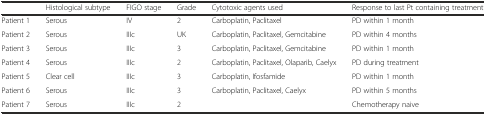
|  | Histological subtype | FIGO stage | Grade | Cytotoxic agents used | Response to last Pt containing treatment |
 | --- | --- | --- | --- | --- | --- |
 | Patient 1 | Serous | IV | 2 | Carboplatin, Paclitaxel | PD within 1 month |
 | Patient 2 | Serous | IIIc | UK | Carboplatin, Paclitaxel, Gemcitabine | PD within 4 months |
 | Patient 3 | Serous | IIIc | 3 | Carboplatin, Paclitaxel, Gemcitabine | PD within 1 month |
 | Patient 4 | Serous | IIIc | 2 | Carboplatin, Paclitaxel, Olaparib, Caelyx | PD during treatment |
 | Patient 5 | Clear cell | IIIc | 3 | Carboplatin, Ifosfamide | PD within 1 month |
 | Patient 6 | Serous | IIIc | 3 | Carboplatin, Paclitaxel, Caelyx | PD within 5 months |
 | Patient 7 | Serous | IIIc | 2 |  | Chemotherapy naive |